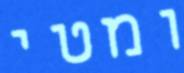
ומטי